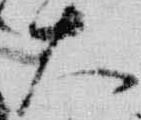
大